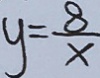
y = \frac { 8 } { x }